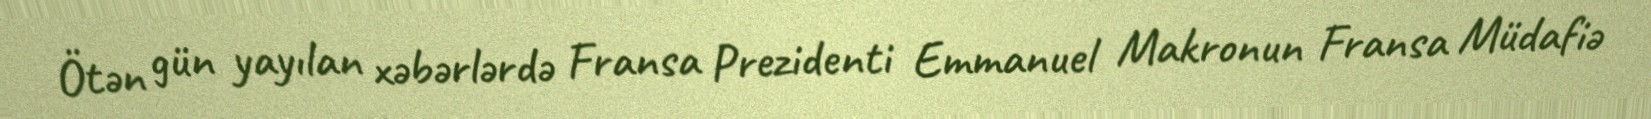
Ötən gün yayılan xəbərlərdə Fransa Prezidenti Emmanuel Makronun Fransa Müdafiə